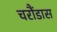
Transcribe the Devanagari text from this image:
चरौंडास